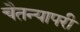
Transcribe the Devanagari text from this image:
चैतन्यापरी